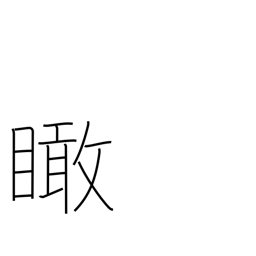
Meaning: look